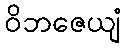
ဝိဘဇေယျံ